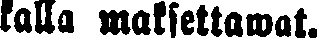
kalla maksettawat.